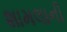
શામલાની